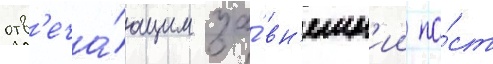
отв'еча́ющим за́ вн'ешн'ии по́ст